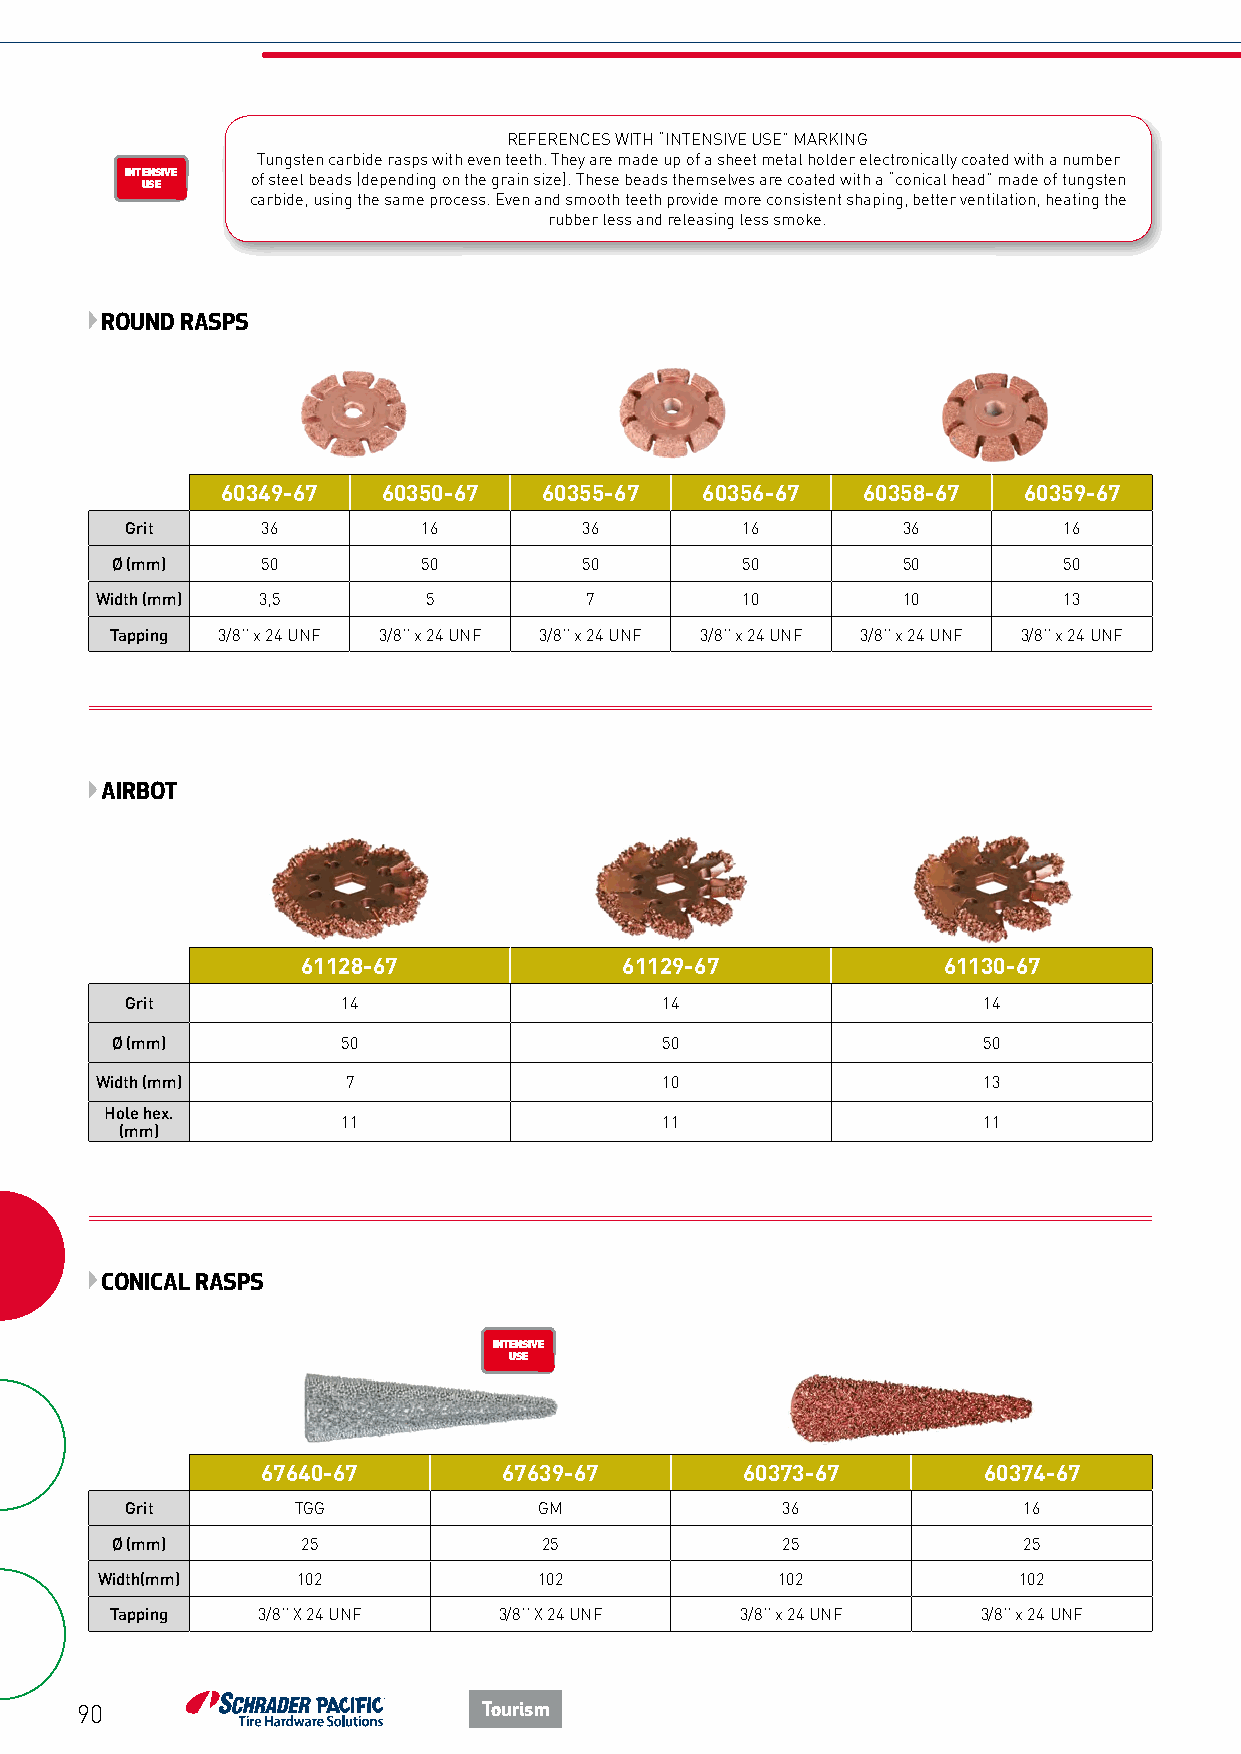
REFERENCES WITH “INTENSIVE USE” MARKING
 Tungsten carbide rasps with even teeth. They are made up of a sheet metal holder electronically coated with a number
 INTENSIVE of steel beads (depending on the grain size). These beads themselves are coated with a “conical head” made of tungsten
 USE
 carbide, using the same process. Even and smooth teeth provide more consistent shaping, better ventilation, heating the
 rubber less and releasing less smoke.
 ENROULEUR
 ÉCO
 ROUND RASPS
 60349-67  60350-67   60355-67  60356-67   60358-67   60359-67
 Grit     36         16         36        16         36        16
 Ø (mm)    50         50         50        50         50        50
 Width (mm) 3,5        5          7         10         10        13
 Tapping 3/8’’ x 24 UNF 3/8’’ x 24 UNF 3/8’’ x 24 UNF 3/8’’ x 24 UNF 3/8’’ x 24 UNF 3/8’’ x 24 UNF
 AIRBOT
 61128-67             61129-67             61130-67
 Grit           14                   14                   14
 Ø (mm)          50                   50                   50
 Width (mm)       7                    10                   13
 Hole hex.
 11                   11                   11
 (mm)
 CONICAL RASPS
 INTENSIVE
 USE
 ENROULEUR
 ÉCO
 67640-67        67639-67        60373-67        60374-67
 Grit       TGG              GM              36              16
 Ø (mm)       25              25              25              25
 Width(mm)     102             102            102             102
 Tapping   3/8’’ X 24 UNF  3/8’’ X 24 UNF  3/8’’ x 24 UNF  3/8’’ x 24 UNF
 90                         Tourism